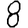
Digit: 8